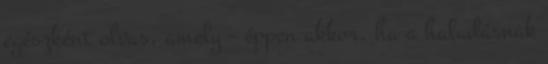
egészként olvas, amely – éppen akkor, ha a haladásnak